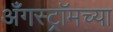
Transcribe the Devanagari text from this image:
अँगस्ट्रॉमच्या